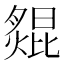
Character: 𦠺